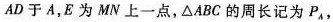
AD 于A，E 为 MN 上一点，△ABC 的周长记为 P_{A}，